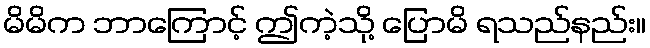
မိမိက ဘာကြောင့် ဤကဲ့သို့ ပြောမိ ရသည်နည်း။